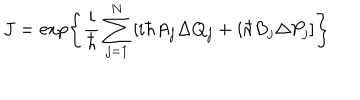
J = \exp \left\{ \frac { i } { \hbar } \sum _ { j = 1 } ^ { N } \left[ i \hbar A _ { j } \Delta Q _ { j } + i \hbar B _ { j } \Delta P _ { j } \right] \right\}